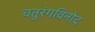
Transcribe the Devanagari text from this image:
चतुरंगविनोद